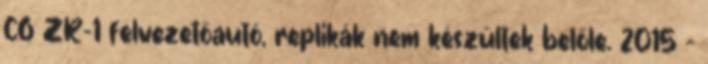
C6 ZR-1 felvezetőautó, replikák nem készültek belőle. 2015 –